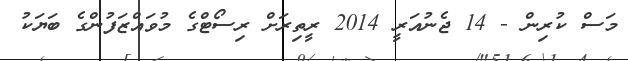
މަސް ކުރިން - 14 ޖެނުއަރީ 2014 ރީތިރަށް ރިސޯޓްގެ މުވައްޒަފުންގެ ބަޔަކު